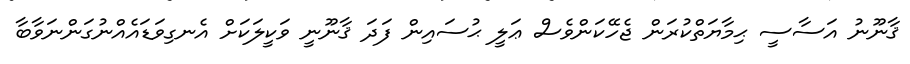
ޤާނޫނު އަސާސީ ޙިމާޔަތްކުރަން ޖެހޭކަންވެސް ޢަލީ ޙުސައިން ފަދަ ޤާނޫނީ ވަކީލަކަށް އެނގިވަޑައެއްނުގަންނަވާބާ